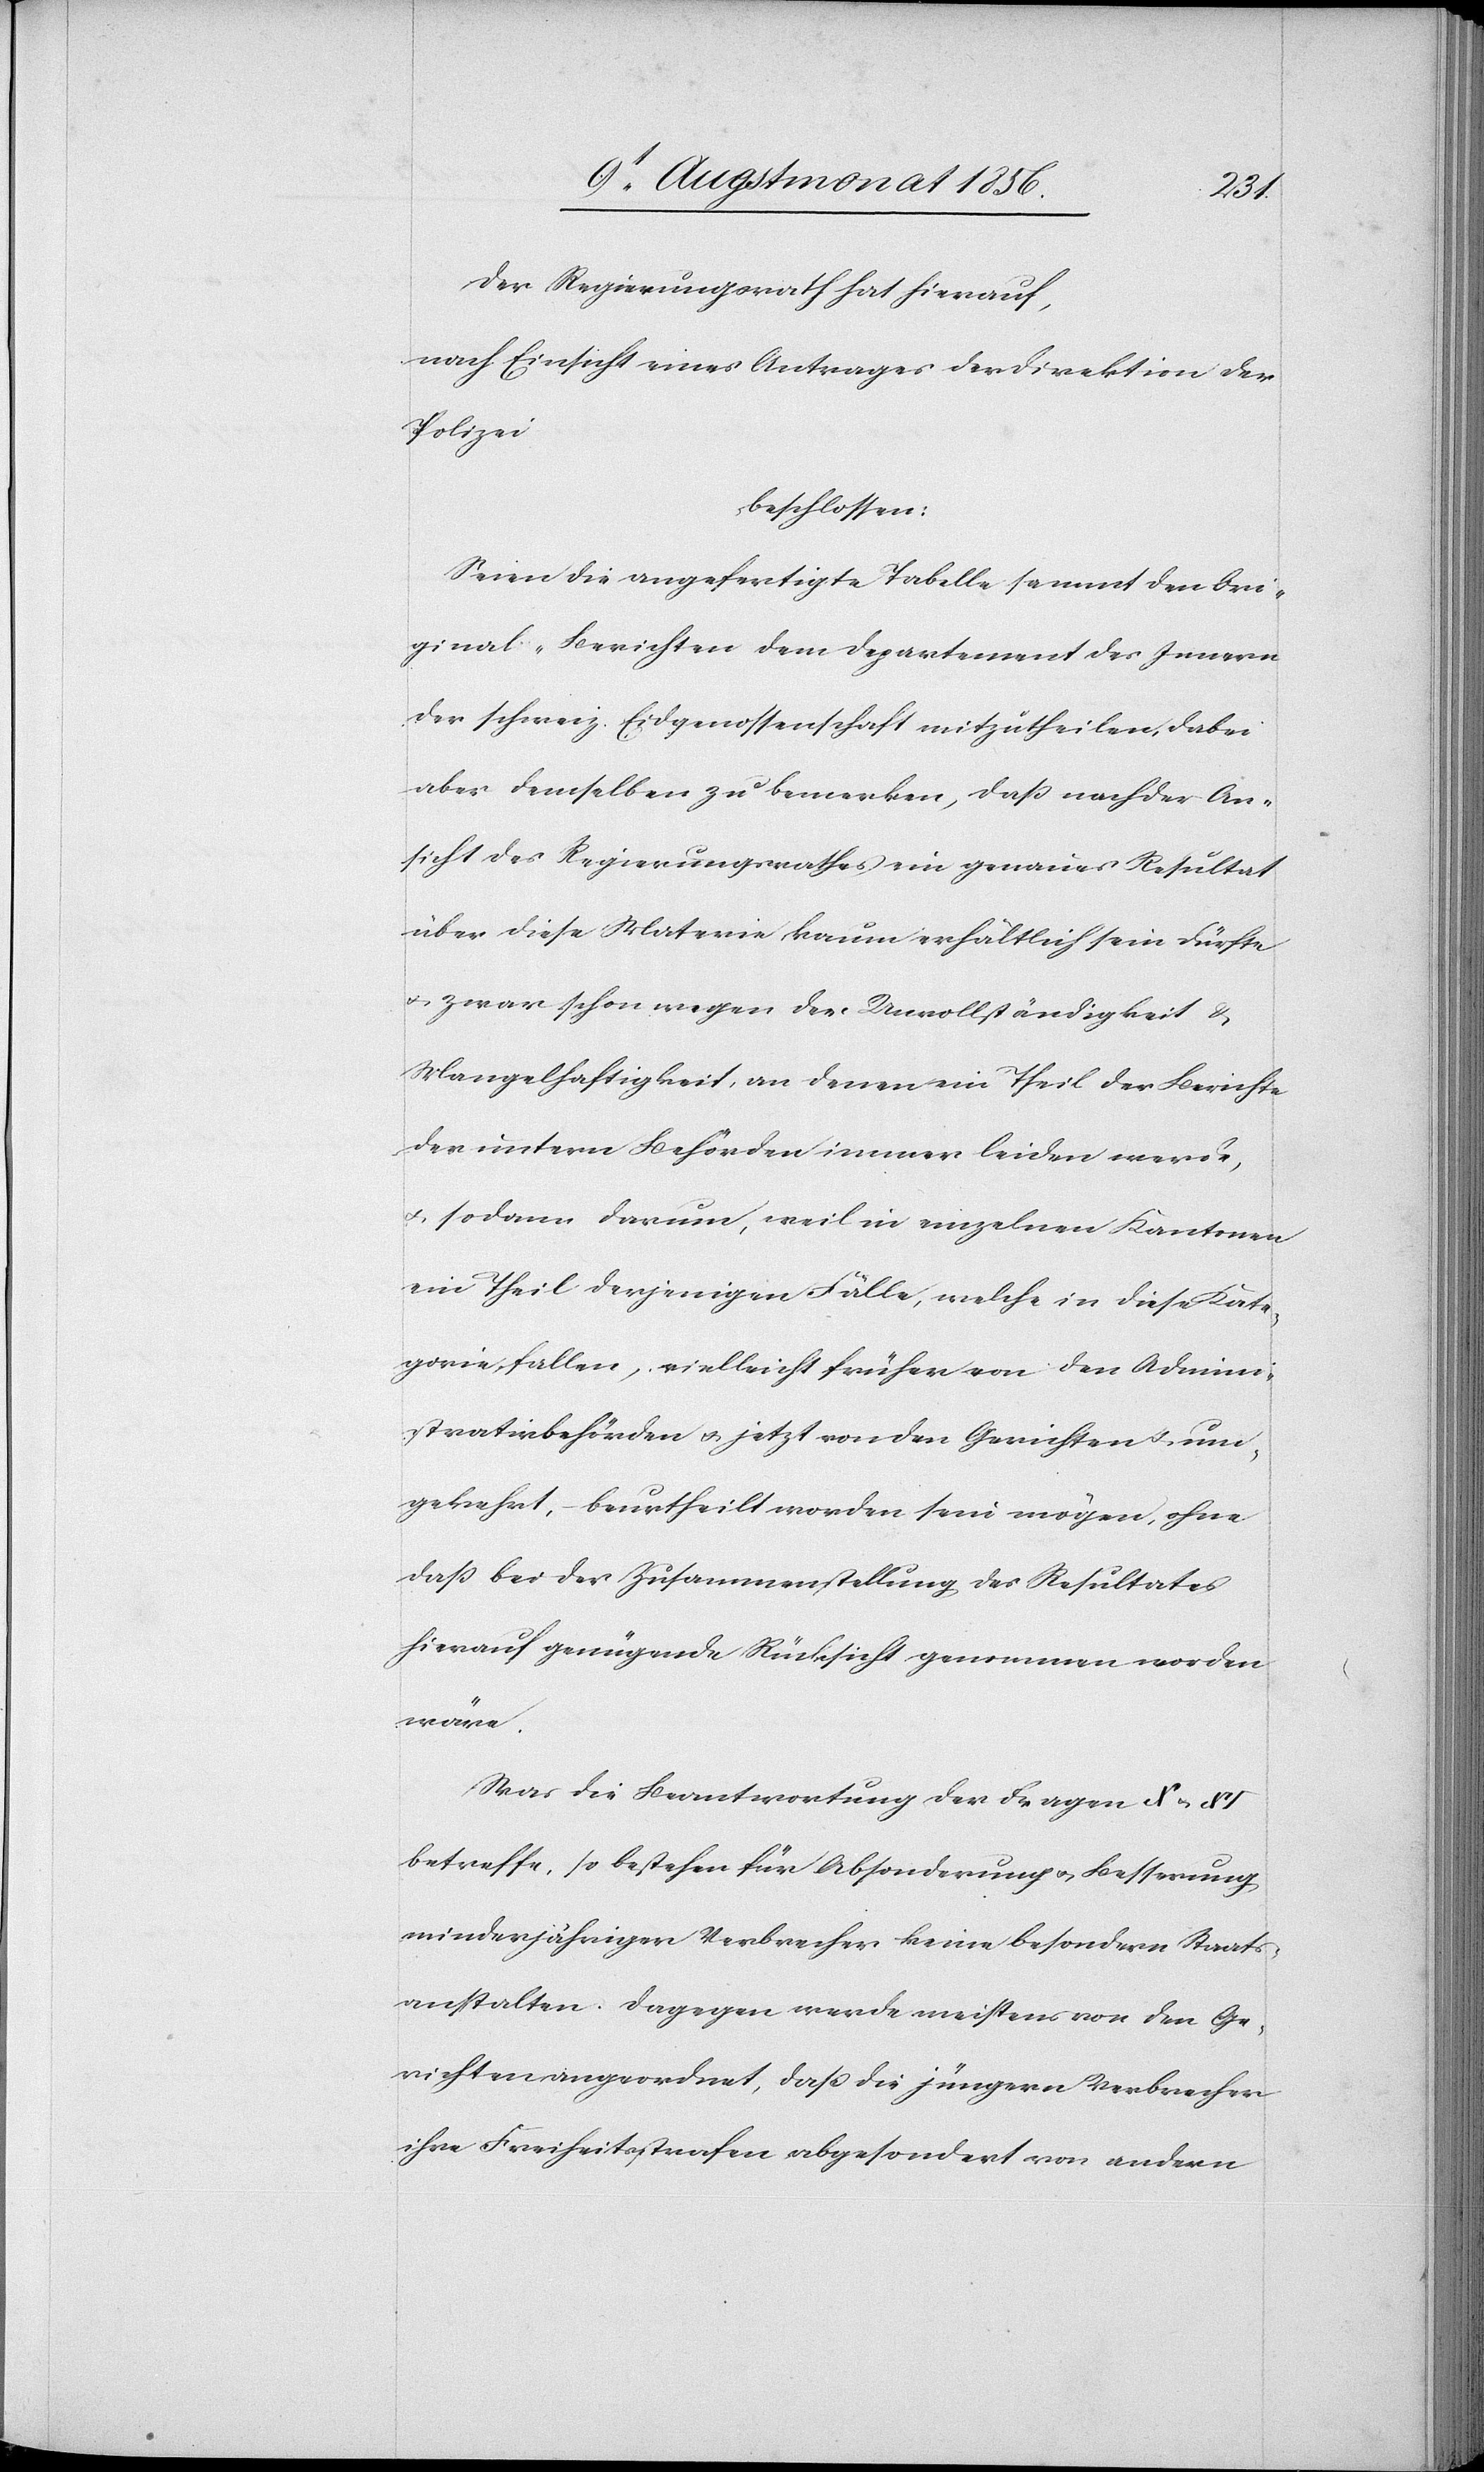
Der Regierungsrath hat hierauf,
nach Einsicht eines Antrages der Direktion der
Polizei
beschlossen:
Seien die angefertigte Tabelle sammt den Ori¬
ginal-Berichten dem Departement des Innern
der schweiz. Eidgenossenschaft mitzutheilen, dabei
aber demselben zu bemerken, dass nach der An¬
sicht des Regierungsrathes ein genaues Resultat
über diese Materie kaum erhältlich sein dürfte
u. zwar schon wegen der Unvollständigkeit &
Mangelhaftigkeit, an denen ein Theil der Berichte
der untern Behörden immer leiden werde,
u. sodann darum, weil in einzelnen Kantonen
ein Theil derjenigen Fälle, welche in diese Kate¬
gorie fallen, vielleicht früher von den Admini¬
strativbehörden u. jetzt von den Gerichten u. um¬
gekehrt, – beurtheilt worden sein mögen, ohne
dass bei der Zusammenstellung des Resultates
hierauf genügende Rücksicht genommen worden
wäre.
Was die Beantwortung der Fragen X u. XI
betreffe, so bestehen für Absonderung u. Besserung
minderjähriger Verbrecher keine besondern Staats¬
anstalten. Dagegen werde meistens von den Ge¬
richten angeordnet, dass die jüngern Verbrecher
ihre Freiheitsstrafen abgesondert von andern